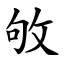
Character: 敂